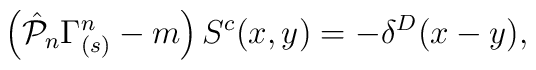
\left( \hat{{\cal P}}_n \Gamma_{(s)} ^n - m\right)S^{c}(x,y)=-\delta^D(x-y),